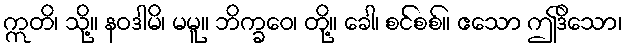
ဣတိ၊ သို့။ နဝဒါမိ၊ မမူ။ ဘိက္ခဝေ၊ တို့။ ခေါ၊ စင်စစ်။ ဧသော ဤဒိသော၊